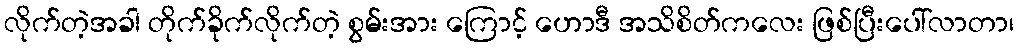
လိုက်တဲ့အခါ တိုက်ခိုက်လိုက်တဲ့ စွမ်းအား ကြောင့် ဟောဒီ အသိစိတ်ကလေး ဖြစ်ပြီးပေါ်လာတာ၊